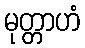
မုတ္တာဟံ